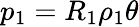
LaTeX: p_{1}=R_{1}\rho_{1}\theta